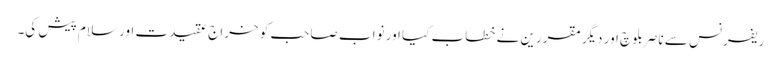
ریفرنس سے ناصر بلوچ اور دیگر مقررین نے خطاب کیا اور نواب صاحب کو خراج عقیدت اور سلام پیش کی۔